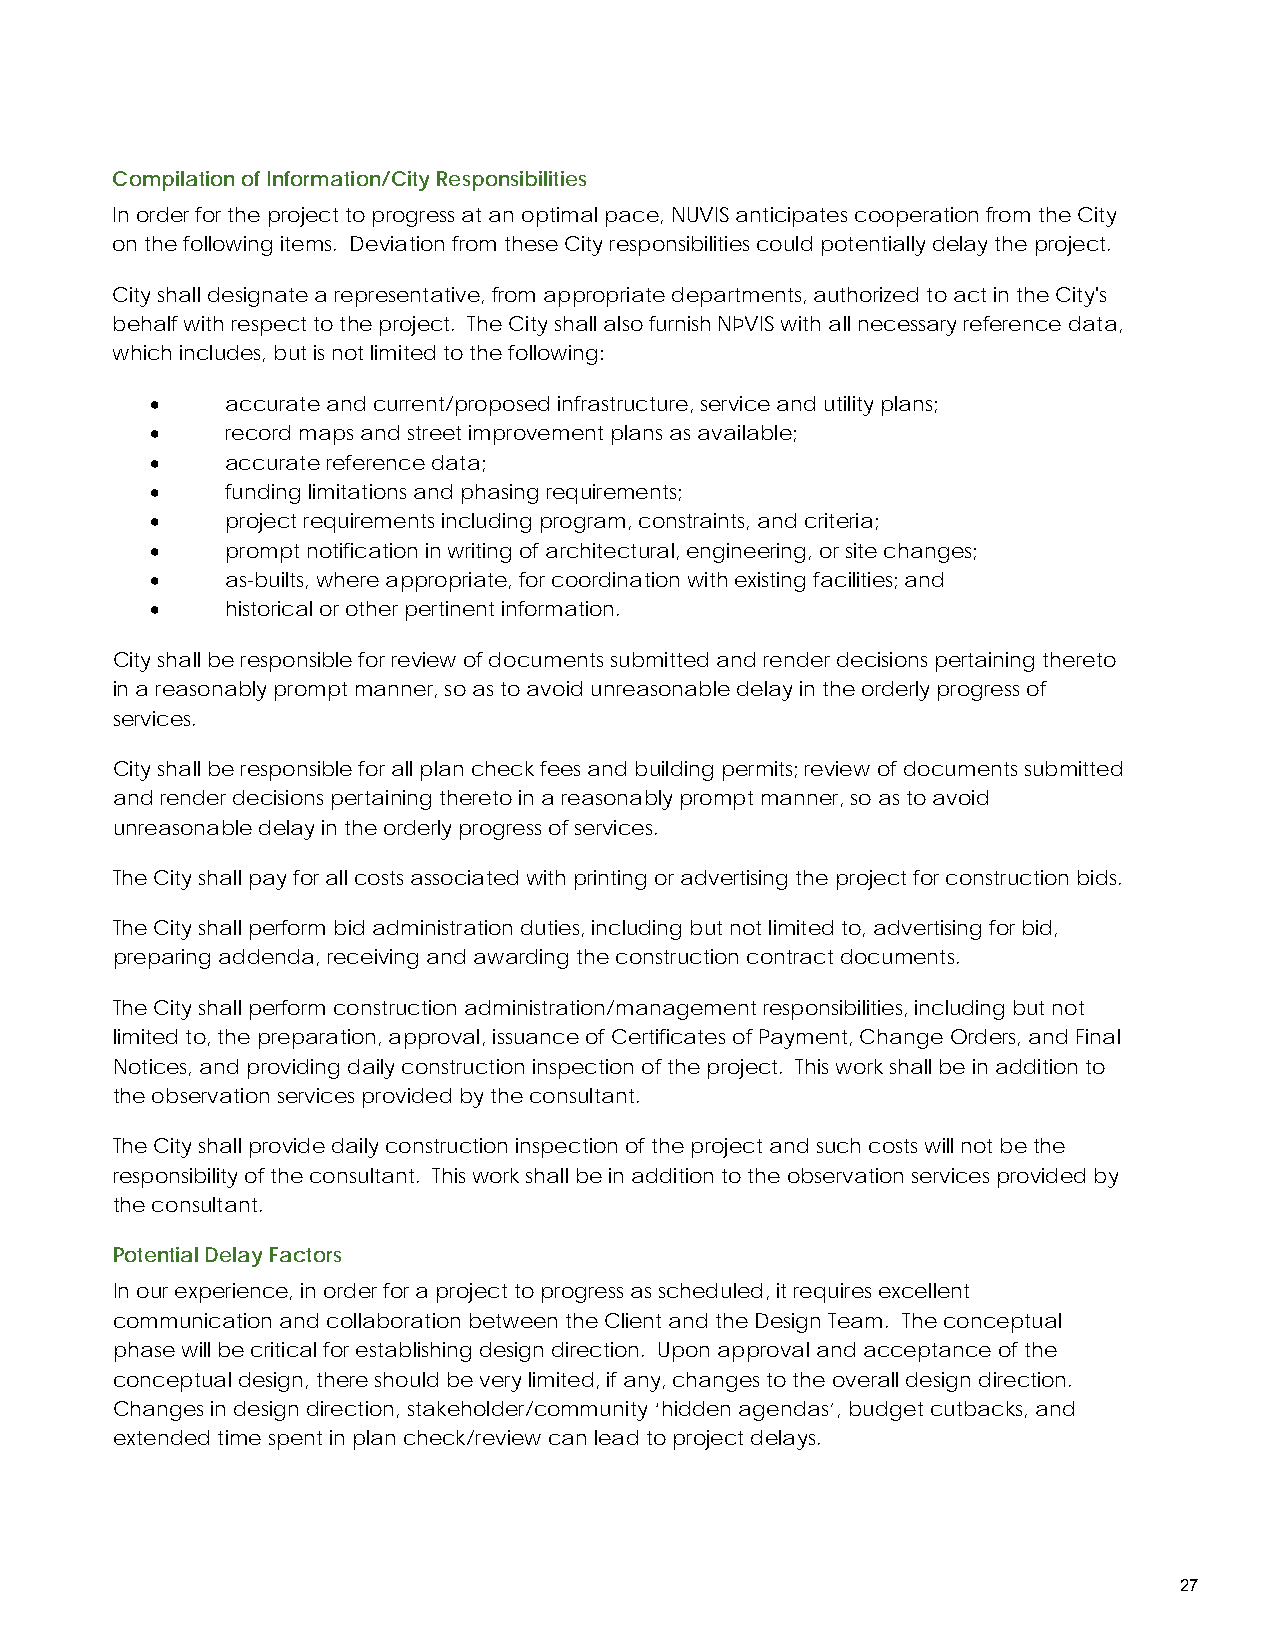
Compilation of Information/City Responsibilities
 In order for the project to progress at an optimal pace, NUVIS anticipates cooperation from the City
 on the following items. Deviation from these City responsibilities could potentially delay the project.
 City shall designate a representative, from appropriate departments, authorized to act in the City's
 behalf with respect to the project. The City shall also furnish NÞVIS with all necessary reference data,
 which includes, but is not limited to the following:
 •    accurate and current/proposed infrastructure, service and utility plans;
 •    record maps and street improvement plans as available;
 •    accurate reference data;
 •    funding limitations and phasing requirements;
 •    project requirements including program, constraints, and criteria;
 •    prompt notification in writing of architectural, engineering, or site changes;
 •    as-builts, where appropriate, for coordination with existing facilities; and
 •    historical or other pertinent information.
 City shall be responsible for review of documents submitted and render decisions pertaining thereto
 in a reasonably prompt manner, so as to avoid unreasonable delay in the orderly progress of
 services.
 City shall be responsible for all plan check fees and building permits; review of documents submitted
 and render decisions pertaining thereto in a reasonably prompt manner, so as to avoid
 unreasonable delay in the orderly progress of services.
 The City shall pay for all costs associated with printing or advertising the project for construction bids.
 The City shall perform bid administration duties, including but not limited to, advertising for bid,
 preparing addenda, receiving and awarding the construction contract documents.
 The City shall perform construction administration/management responsibilities, including but not
 limited to, the preparation, approval, issuance of Certificates of Payment, Change Orders, and Final
 Notices, and providing daily construction inspection of the project. This work shall be in addition to
 the observation services provided by the consultant.
 The City shall provide daily construction inspection of the project and such costs will not be the
 responsibility of the consultant. This work shall be in addition to the observation services provided by
 the consultant.
 Potential Delay Factors
 In our experience, in order for a project to progress as scheduled, it requires excellent
 communication and collaboration between the Client and the Design Team. The conceptual
 phase will be critical for establishing design direction. Upon approval and acceptance of the
 conceptual design, there should be very limited, if any, changes to the overall design direction.
 Changes in design direction, stakeholder/community ‘hidden agendas’, budget cutbacks, and
 extended time spent in plan check/review can lead to project delays.
 27